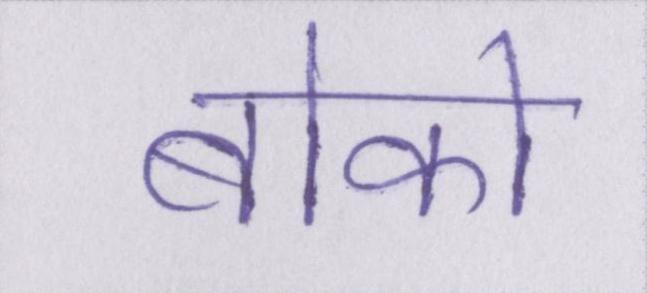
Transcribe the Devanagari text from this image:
बोको